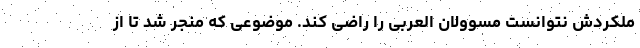
ملکردش نتوانست مسوولان العربی را راضی کند. موضوعی که منجر شد تا از